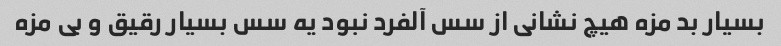
بسیار بد مزه هیچ نشانی از سس آلفرد نبود یه سس بسیار رقیق و بی مزه